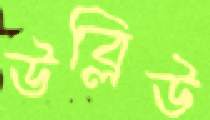
উব্লিউ